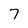
Character: 7